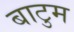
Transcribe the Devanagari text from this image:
बाटुम